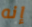
إنه